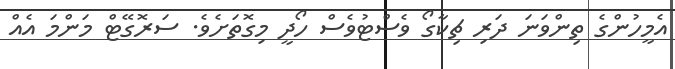
އެމީހުންގެ ތިންވަނަ ދަރި ޗިކާގޯ ވެސްޓުވެސް ހޯދީ މިގޮތަށެވެ. ސަރޮގޭޓް މަންމަ އެއް